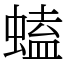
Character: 䗘